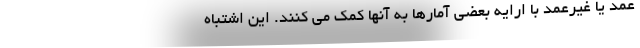
عمد یا غیرعمد با ارایه بعضی آمارها به آنها کمک می کنند. این اشتباه